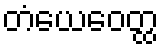
တံယေဝေတ္ထ